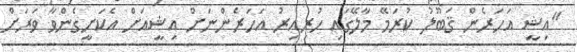
"އިޝީ އަހަރެން ޤަބޫލު ކުރަމޭ މާލޭގައި ހުރިއިރު އަހަރެންނަށް އިޝީއަށް އެކަށީގެންވާ ވަރަށް